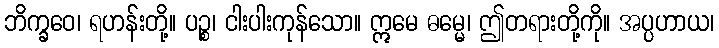
ဘိက္ခဝေ၊ ရဟန်းတို့။ ပဉ္စ၊ ငါးပါးကုန်သော။ ဣမေ ဓမ္မေ၊ ဤတရားတို့ကို။ အပ္ပဟာယ၊